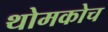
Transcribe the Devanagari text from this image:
थोमकोच